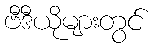
ဗီဒီယိုများတွင်